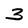
Character: 3